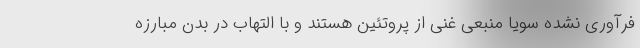
فرآوری نشده سویا منبعی غنی از پروتئین هستند و با التهاب در بدن مبارزه